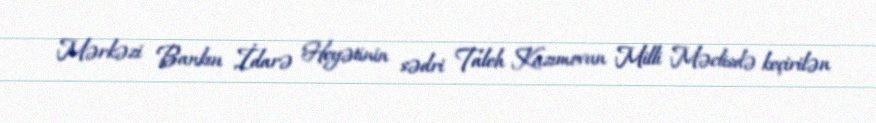
Mərkəzi Bankın İdarə Heyətinin sədri Taleh Kazımovun Milli Məclisdə keçirilən